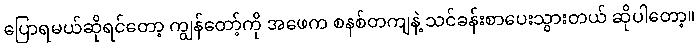
ပြောရမယ်ဆိုရင်တော့ ကျွန်တော့်ကို အဖေက စနစ်တကျနဲ့ သင်ခန်းစာပေးသွားတယ် ဆိုပါတော့။